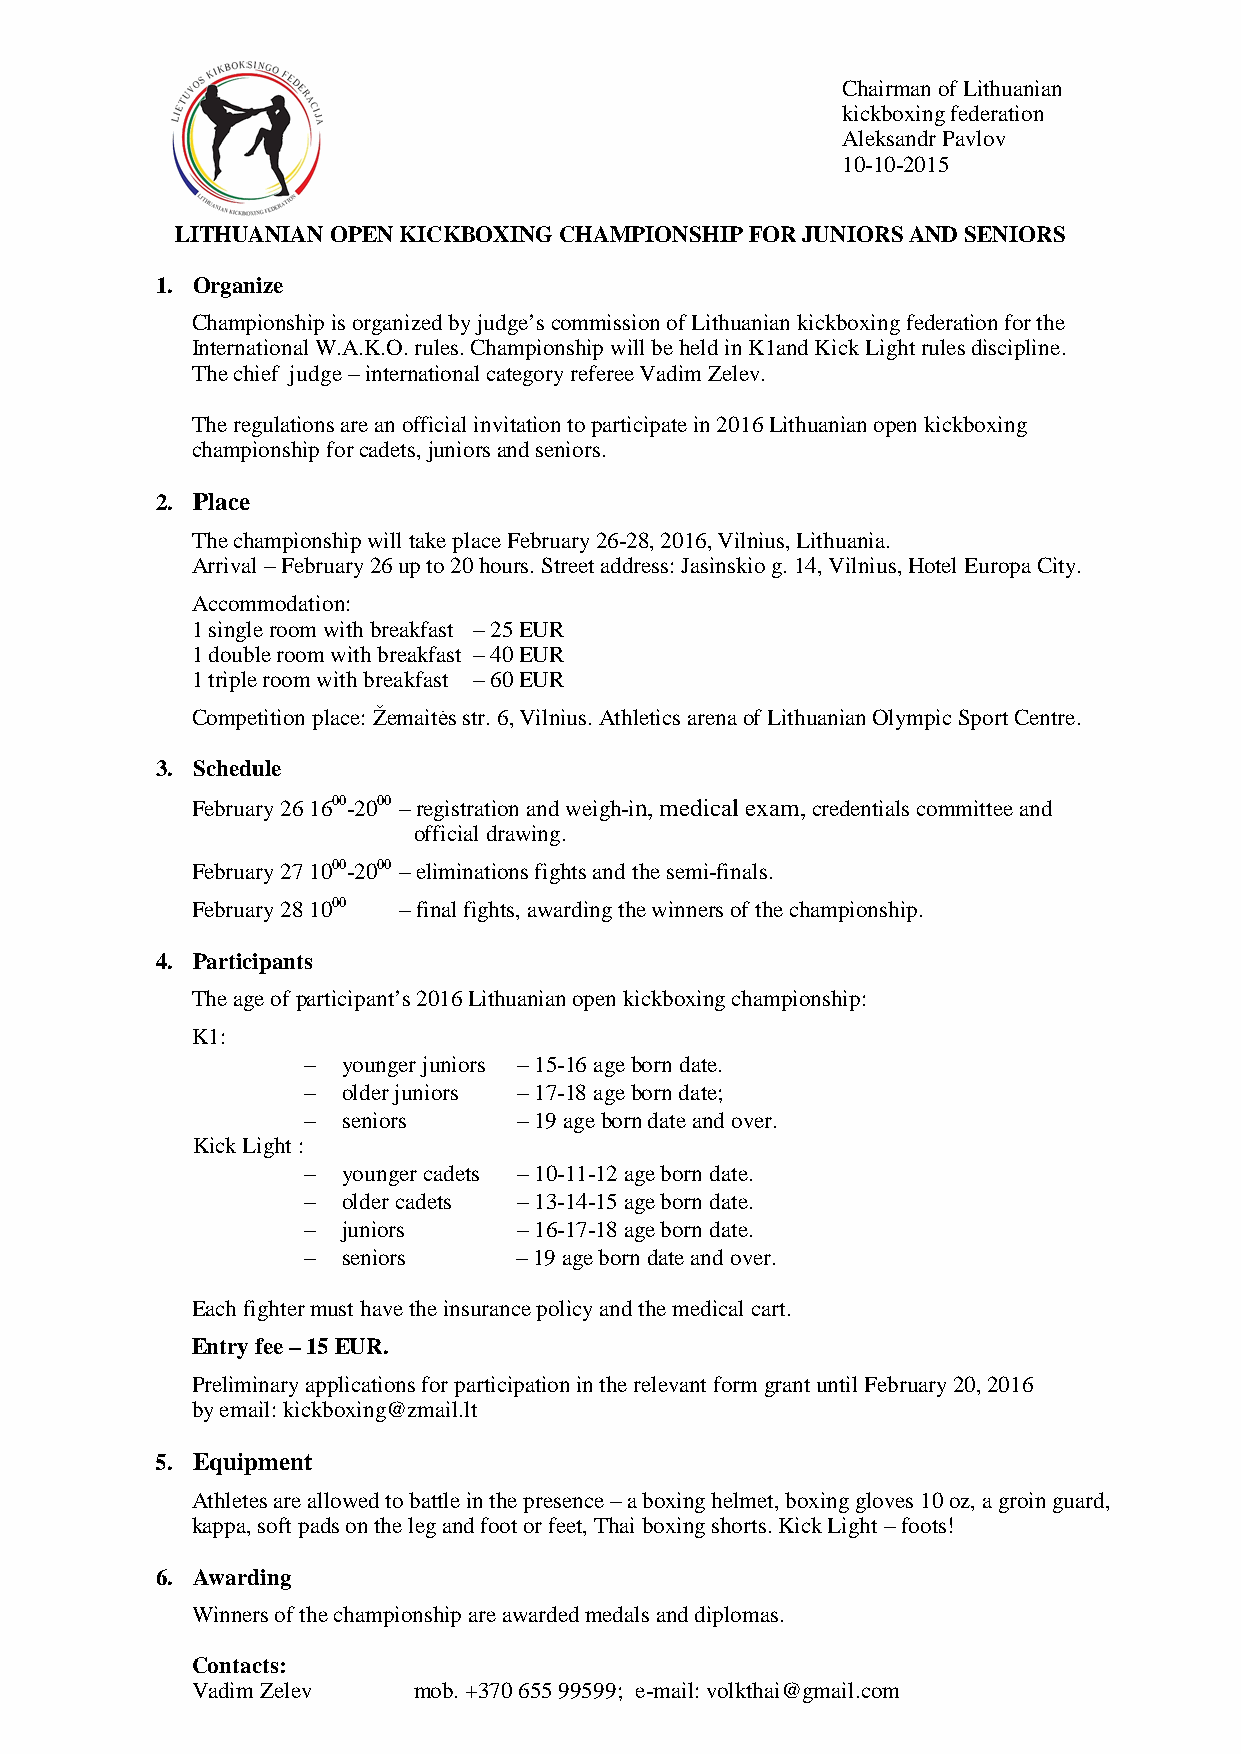
Chairman of Lithuanian
 kickboxing federation
 Aleksandr Pavlov
 10-10-2015
 LITHUANIAN OPEN KICKBOXING CHAMPIONSHIP FOR JUNIORS AND SENIORS
 1. Organize
 Championship is organized by judge’s commission of Lithuanian kickboxing federation for the
 International W.A.K.O. rules. Championship will be held in K1and Kick Light rules discipline.
 The chief judge – international category referee Vadim Zelev.
 The regulations are an official invitation to participate in 2016 Lithuanian open kickboxing
 championship for cadets, juniors and seniors.
 2. Place
 The championship will take place February 26-28, 2016, Vilnius, Lithuania.
 Arrival – February 26 up to 20 hours. Street address: Jasinskio g. 14, Vilnius, Hotel Europa City.
 Accommodation:
 1 single room with breakfast – 25 EUR
 1 double room with breakfast – 40 EUR
 1 triple room with breakfast – 60 EUR
 Competition place: Žemaitės str. 6, Vilnius. Athletics arena of Lithuanian Olympic Sport Centre.
 3. Schedule
 February 26 1600-2000 – registration and weigh-in, medical exam, credentials committee and
 official drawing.
 February 27 1000-2000 – eliminations fights and the semi-finals.
 February 28 1000 – final fights, awarding the winners of the championship.
 4. Participants
 The age of participant’s 2016 Lithuanian open kickboxing championship:
 K1:
 −  younger juniors – 15-16 age born date.
 −  older juniors – 17-18 age born date;
 −  seniors    – 19 age born date and over.
 Kick Light :
 −  younger cadets – 10-11-12 age born date.
 −  older cadets – 13-14-15 age born date.
 −  juniors    – 16-17-18 age born date.
 −  seniors    – 19 age born date and over.
 Each fighter must have the insurance policy and the medical cart.
 Entry fee – 15 EUR.
 Preliminary applications for participation in the relevant form grant until February 20, 2016
 by email: kickboxing@zmail.lt
 5. Equipment
 Athletes are allowed to battle in the presence – a boxing helmet, boxing gloves 10 oz, a groin guard,
 kappa, soft pads on the leg and foot or feet, Thai boxing shorts. Kick Light – foots!
 6. Awarding
 Winners of the championship are awarded medals and diplomas.
 Contacts:
 Vadim Zelev   mob. +370 655 99599; e-mail: volkthai@gmail.com